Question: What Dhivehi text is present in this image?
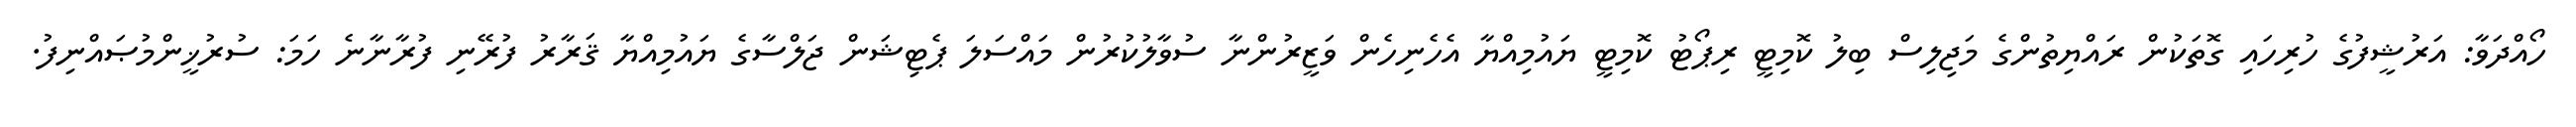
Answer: ހޯއްދަވާ: އަރުޝީފުގެ ހުރިހައި ގޮތަކުން ރައްޔިތުންގެ މަޖިލިސް ބިލު ކޮމިޓީ ރިޕޯޓު ކޮމިޓީ ޔައުމިއްޔާ އެހެނިހެން ވަޒީރުންނާ ސުވާލުކުރުން މައްސަލަ ޕެޓިޝަން ޖަލްސާގެ ޔައުމިއްޔާ ޤަރާރު ފުރޭނި ފުރާނާނެ ހަމަ: ސުރުޚީންމުޞައްނިފު.